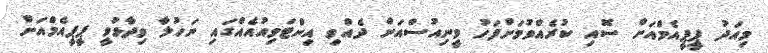
މިއަދު ޕީޕީއެމްއަށް ސޮއި ކުރެއްވުމަށްފަހު ވީނިއުސްއަށް ދެއްވި އިންޓަވިއުއެއްގައި ނަހުލާ ވިދާޅުވީ ޕީޕީއެމްއަށް